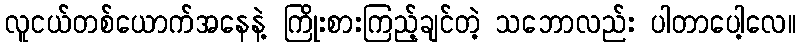
လူငယ်တစ်ယောက်အနေနဲ့ ကြိုးစားကြည့်ချင်တဲ့ သဘောလည်း ပါတာပေါ့လေ။